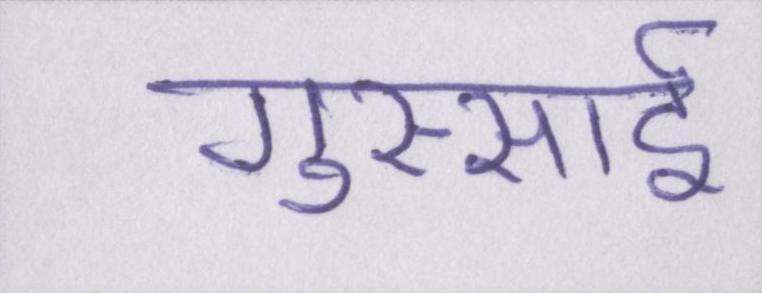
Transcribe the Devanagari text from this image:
गुस्साई